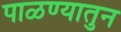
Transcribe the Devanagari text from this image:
पाळण्यातुन